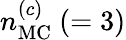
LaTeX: n_{\mathrm{{MC}}}^{(c)}~(=3)